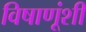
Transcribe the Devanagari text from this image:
विषाणूंशी